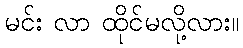
မင်း လာ ထိုင်မလို့လား။